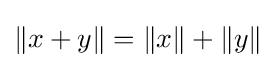
\|x+y\|=\|x\|+\|y\|